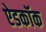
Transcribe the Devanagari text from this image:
ऐडकॉक